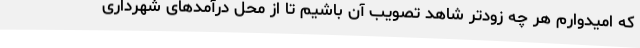
که امیدوارم هر چه زودتر شاهد تصویب آن باشیم تا از محل درآمدهای شهرداری